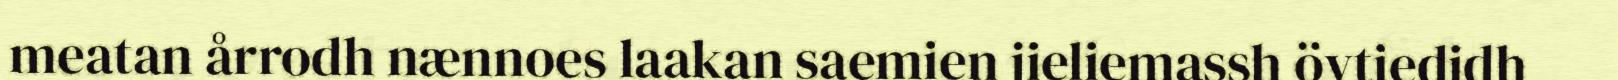
meatan årrodh nænnoes laakan saemien jieliemassh övtiedidh